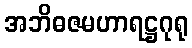
အဘိဓဇမဟာရဋ္ဌဂုရု